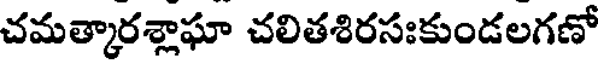
చమత్కారశ్లాఘా చలితశిరసఃకుండలగణో